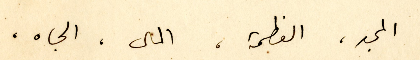
المجد، العظمة، المال، الجاه،